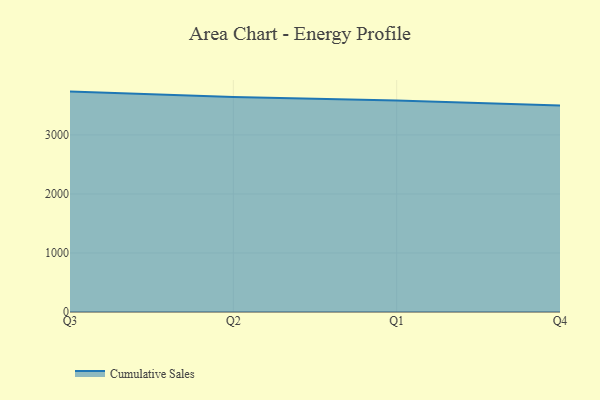
{"axis": {"x": "Quarter", "y": "Inventory Turnover"}, "legend": ["Cumulative Sales"], "data": [{"x": "Q3", "y": 3734.5, "type": "Cumulative Sales"}, {"x": "Q2", "y": 3642.4, "type": "Cumulative Sales"}, {"x": "Q1", "y": 3583.5, "type": "Cumulative Sales"}, {"x": "Q4", "y": 3496.9, "type": "Cumulative Sales"}]}